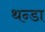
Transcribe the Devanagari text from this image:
थन्डा